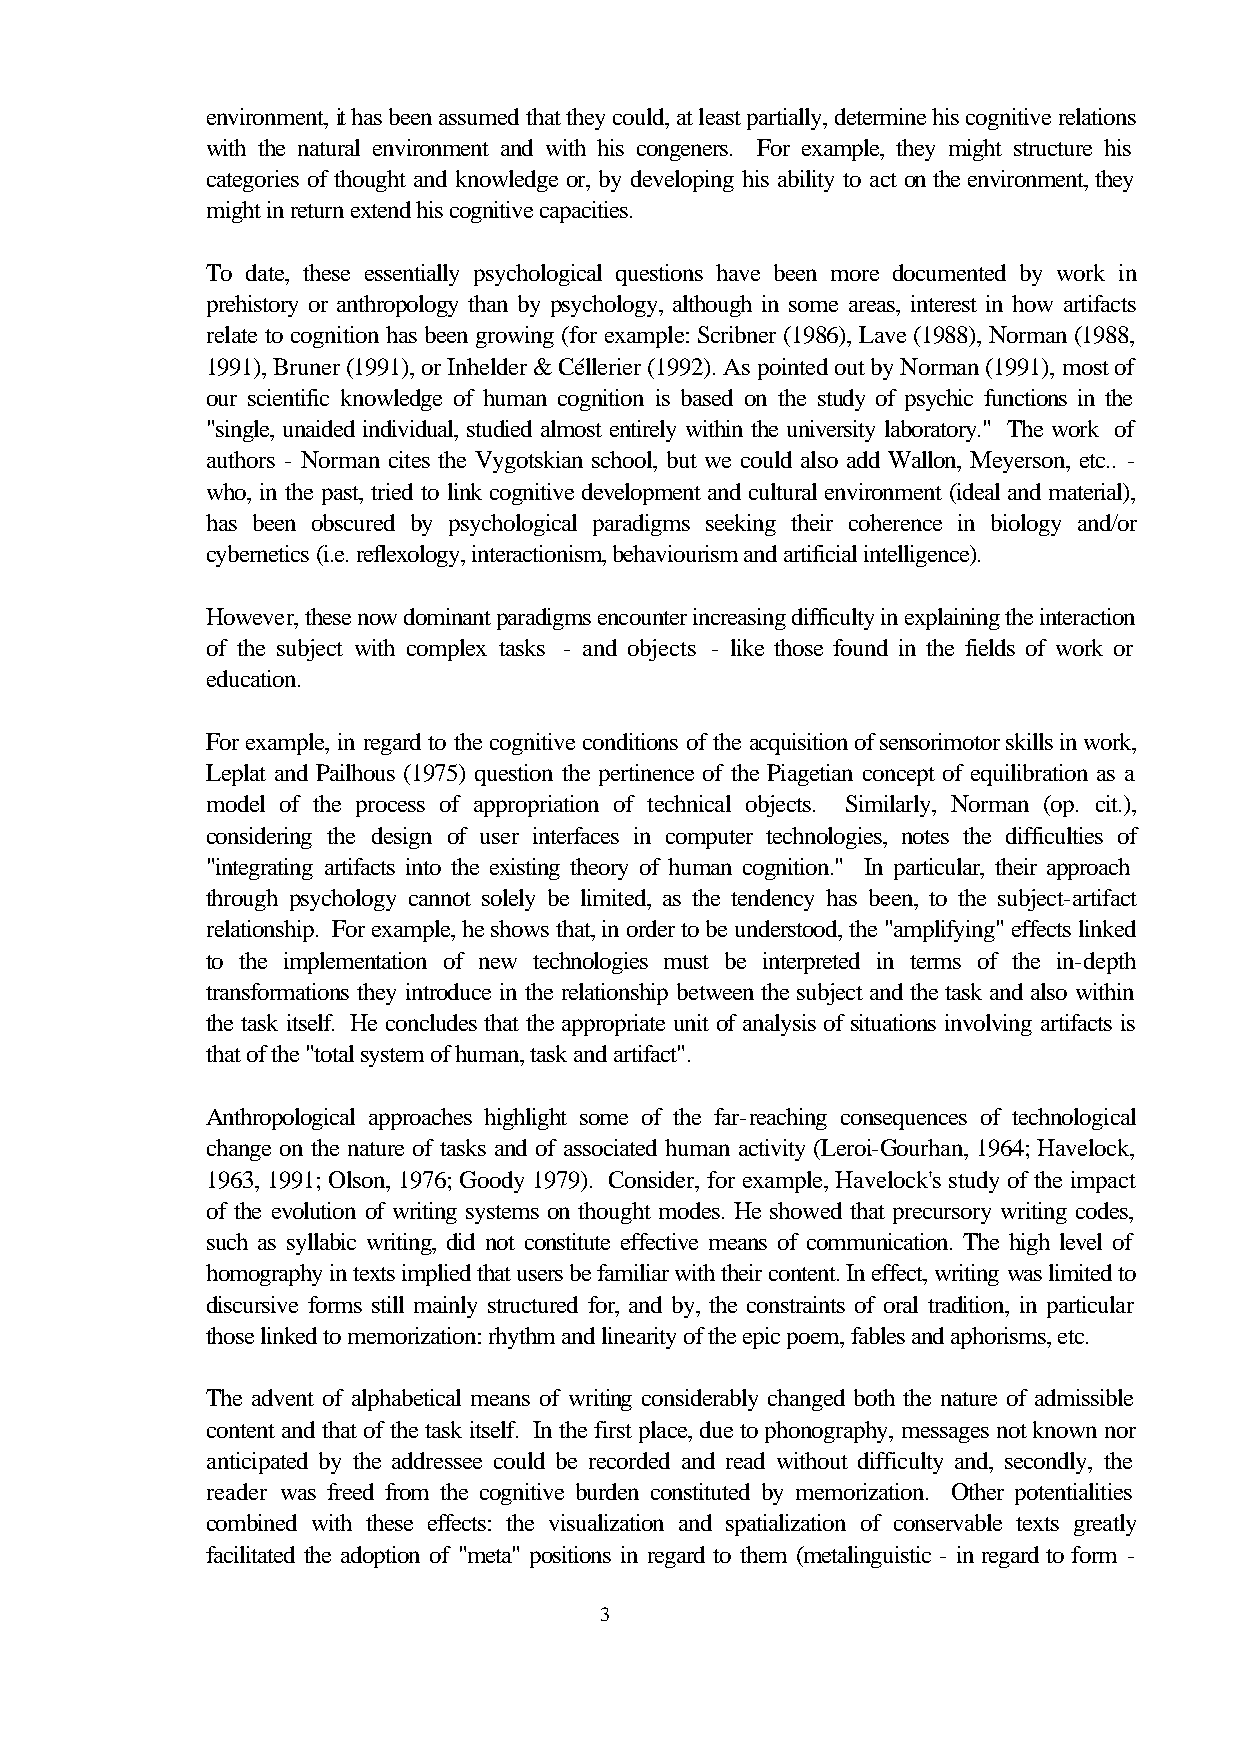
environment, it has been assumed that they could, at least partially, determine his cognitive relations
 with the natural environment and with his congeners. For example, they might structure his
 categories of thought and knowledge or, by developing his ability to act on the environment, they
 might in return extend his cognitive capacities.
 To date, these essentially psychological questions have been more documented by work in
 prehistory or anthropology than by psychology, although in some areas, interest in how artifacts
 relate to cognition has been growing (for example: Scribner (1986), Lave (1988), Norman (1988,
 1991), Bruner (1991), or Inhelder & Céllerier (1992). As pointed out by Norman (1991), most of
 our scientific knowledge of human cognition is based on the study of psychic functions in the
 "single, unaided individual, studied almost entirely within the university laboratory." The work of
 authors - Norman cites the Vygotskian school, but we could also add Wallon, Meyerson, etc.. -
 who, in the past, tried to link cognitive development and cultural environment (ideal and material),
 has been obscured by psychological paradigms seeking their coherence in biology and/or
 cybernetics (i.e. reflexology, interactionism, behaviourism and artificial intelligence).
 However, these now dominant paradigms encounter increasing difficulty in explaining the interaction
 of the subject with complex tasks - and objects - like those found in the fields of work or
 education.
 For example, in regard to the cognitive conditions of the acquisition of sensorimotor skills in work,
 Leplat and Pailhous (1975) question the pertinence of the Piagetian concept of equilibration as a
 model of the process of appropriation of technical objects. Similarly, Norman (op. cit.),
 considering the design of user interfaces in computer technologies, notes the difficulties of
 "integrating artifacts into the existing theory of human cognition." In particular, their approach
 through psychology cannot solely be limited, as the tendency has been, to the subject-artifact
 relationship. For example, he shows that, in order to be understood, the "amplifying" effects linked
 to the implementation of new technologies must be interpreted in terms of the in-depth
 transformations they introduce in the relationship between the subject and the task and also within
 the task itself. He concludes that the appropriate unit of analysis of situations involving artifacts is
 that of the "total system of human, task and artifact".
 Anthropological approaches highlight some of the far-reaching consequences of technological
 change on the nature of tasks and of associated human activity (Leroi-Gourhan, 1964; Havelock,
 1963, 1991; Olson, 1976; Goody 1979). Consider, for example, Havelock's study of the impact
 of the evolution of writing systems on thought modes. He showed that precursory writing codes,
 such as syllabic writing, did not constitute effective means of communication. The high level of
 homography in texts implied that users be familiar with their content. In effect, writing was limited to
 discursive forms still mainly structured for, and by, the constraints of oral tradition, in particular
 those linked to memorization: rhythm and linearity of the epic poem, fables and aphorisms, etc.
 The advent of alphabetical means of writing considerably changed both the nature of admissible
 content and that of the task itself. In the first place, due to phonography, messages not known nor
 anticipated by the addressee could be recorded and read without difficulty and, secondly, the
 reader was freed from the cognitive burden constituted by memorization. Other potentialities
 combined with these effects: the visualization and spatialization of conservable texts greatly
 facilitated the adoption of "meta" positions in regard to them (metalinguistic - in regard to form -
 3